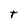
Character: t